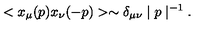
< x _ { \mu } ( p ) x _ { \nu } ( - p ) > \sim \delta _ { \mu \nu } \mid p \mid ^ { - 1 } .